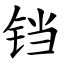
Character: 铛